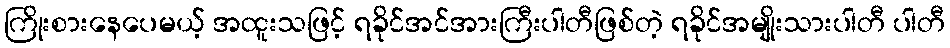
ကြိုးစားနေပေမယ့် အထူးသဖြင့် ရခိုင်အင်အားကြီးပါတီဖြစ်တဲ့ ရခိုင်အမျိုးသားပါတီ ပါတီ